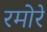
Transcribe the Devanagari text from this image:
रमोरे